Lunatic asylums United Provinces 1909-1921 - 1909-1921
Year: 1909
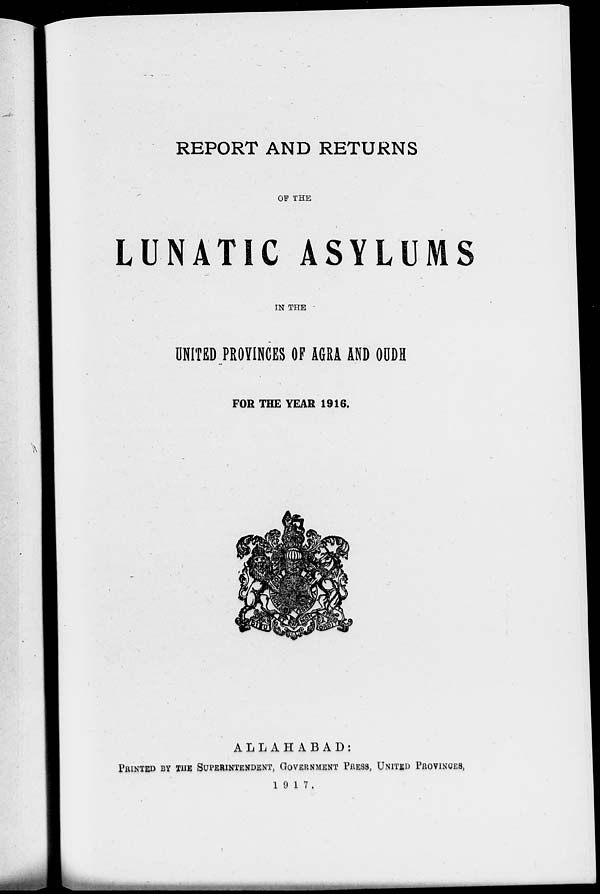
REPORT AND RETURNS
OF THE
LUNATIC ASYLUMS
IN THE
UNITED PROVINCES OF AGRA AND OUDH
FOR THE YEAR 1916.
ALLAHABAD:
PRINTED BY THE SUPERINTENDENT, GOVERNMENT PRESS, UNITED PROVINCES,
1917.